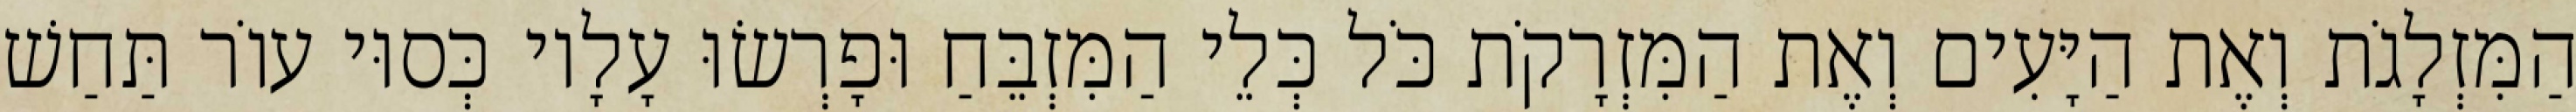
הַמִּזְלָגֹת וְאֶת הַיָּעִים וְאֶת הַמִּזְרָקֹת כֹּל כְּלֵי הַמִּזְבֵּחַ וּפָרְשׂוּ עָלָיו כְּסוּי עוֹר תַּחַשׁ